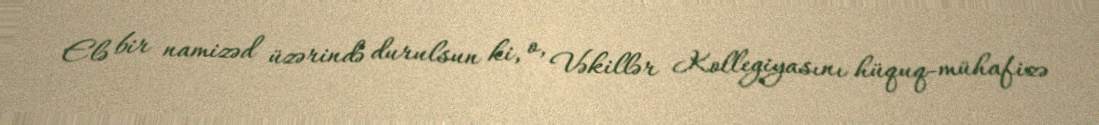
Elə bir namizəd üzərində durulsun ki, o, Vəkillər Kollegiyasını hüquq-mühafizə